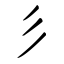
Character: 彡